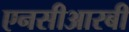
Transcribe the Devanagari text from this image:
एनसीआरबी